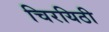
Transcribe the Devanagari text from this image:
चिरयिठी